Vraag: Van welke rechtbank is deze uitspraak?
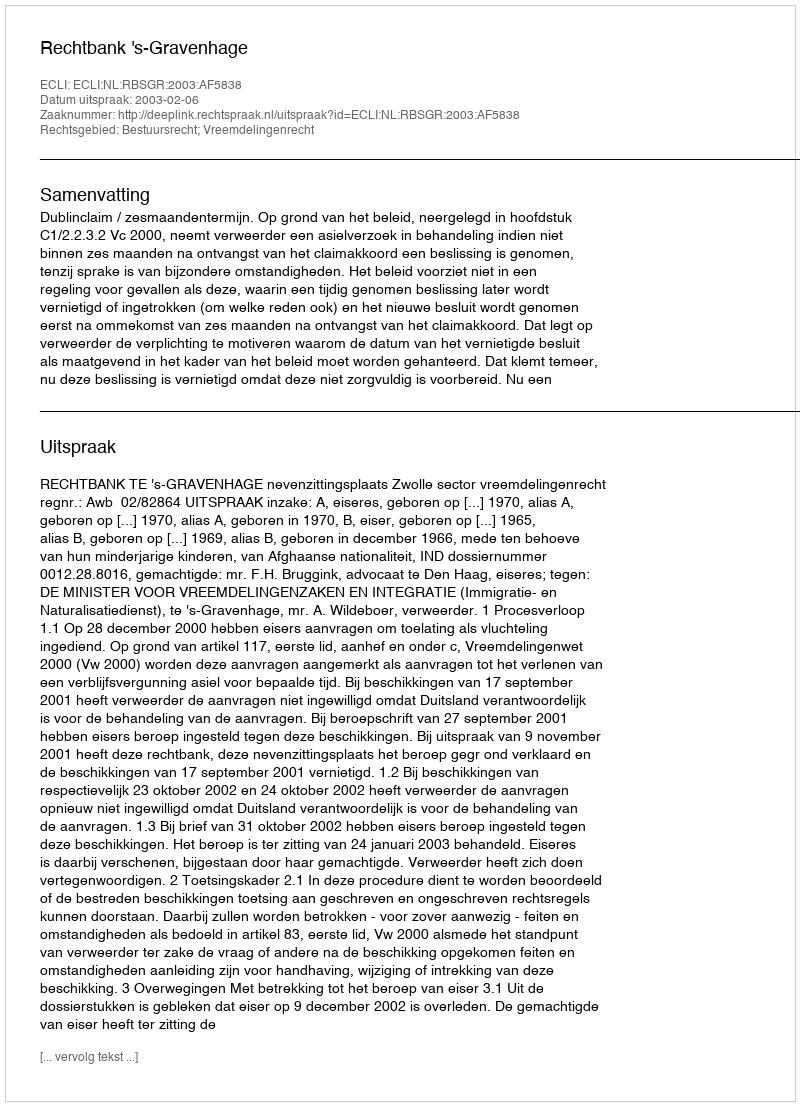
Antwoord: Rechtbank 's-Gravenhage